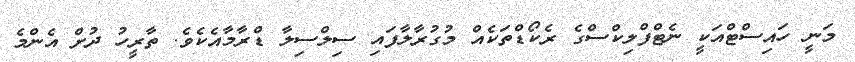
މަނީ ހައިސްޓްއަކީ ނެޓްފްލިކްސްގެ ރެކޯޑްތަކެއް މުގުރާލާފައި ސިލްސިލާ ޑްރާމާއެކެވެ. ތާރީހު ދުށް އެންމެ